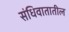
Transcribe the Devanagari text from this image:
संधिवातातील